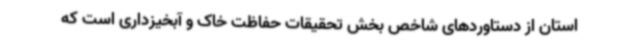
استان از دستاوردهای شاخص بخش تحقیقات حفاظت خاک و آبخیزداری است که